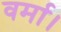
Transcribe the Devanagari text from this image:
वर्मा।